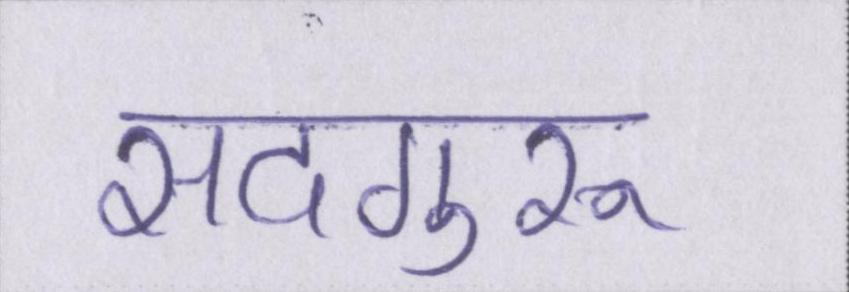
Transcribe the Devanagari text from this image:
सदगुरू